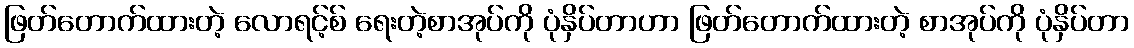
ဖြတ်တောက်ထားတဲ့ လောရင့်စ် ရေးတဲ့စာအုပ်ကို ပုံနှိပ်တာဟာ ဖြတ်တောက်ထားတဲ့ စာအုပ်ကို ပုံနှိပ်တာ